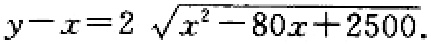
$y - x = 2\sqrt{x^{2}-80x + 2500}$